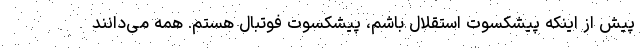
پیش از اینکه پیشکسوت استقلال باشم، پیشکسوت فوتبال هستم. همه می‌دانند